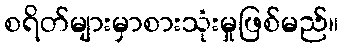
စရိတ်များမှာစားသုံးမှုဖြစ်မည်။